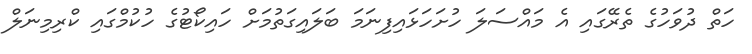
ހަތް ދުވަހުގެ ތެރޭގައި އެ މައްސަލަ ހުށަހަޅައިފިނަމަ ބަލައިގަތުމަށް ހައިކޯޓުގެ ހުކުމްގައި ކްރިމިނަލް